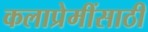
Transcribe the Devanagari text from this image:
कलाप्रेमींसाठी